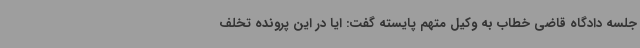
جلسه دادگاه قاضی خطاب به وکیل متهم پایسته گفت: ایا در این پرونده تخلف